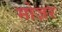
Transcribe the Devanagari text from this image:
मोज़र